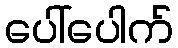
ပေါ်ပေါက်